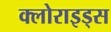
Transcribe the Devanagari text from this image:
क्लोराइड्स